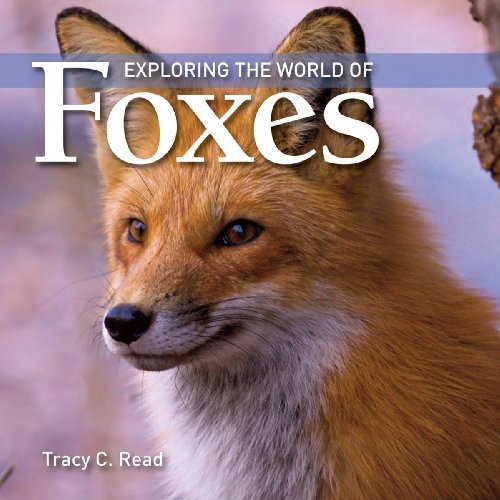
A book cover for Exploring the World of Foxes; Tracy Read; Children's Books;